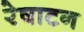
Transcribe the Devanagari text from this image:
रेषाटन